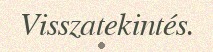
Visszatekintés.